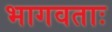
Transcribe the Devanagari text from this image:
भागवताः